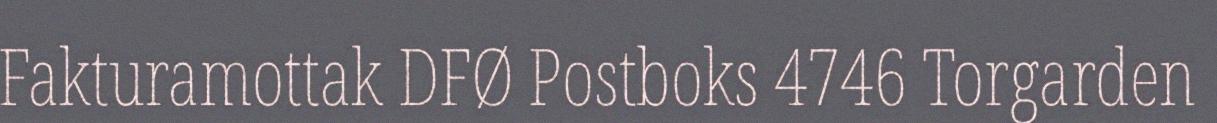
Fakturamottak DFØ Postboks 4746 Torgarden